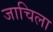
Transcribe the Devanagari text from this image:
जाचिला